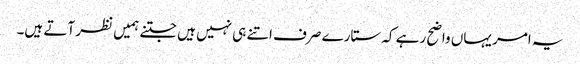
یہ امر یہاں واضح رہے کہ ستارے صرف اتنے ہی نہیں ہیں جتنے ہمیں نظر آتے ہیں۔